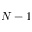
N - 1